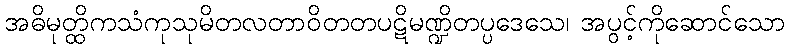
အဓိမုတ္ထိကသံကုသုမိတလတာဝိတတပဋိမဏ္ဍိတပ္ပဒေသေ၊ အပွင့်ကိုဆောင်သော